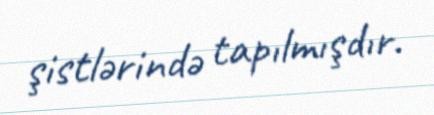
şistlərində tapılmışdır.